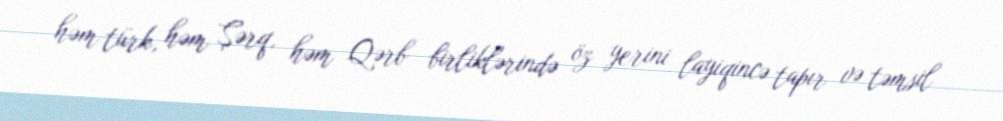
həm türk, həm Şərq, həm Qərb birliklərində öz yerini layiqincə tapır və təmsil